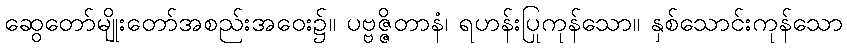
ဆွေတော်မျိုးတော်အစည်းအဝေး၌။ ပဗ္ဗဇ္ဇိတာနံ၊ ရဟန်းပြုကုန်သော။ နှစ်သောင်းကုန်သော